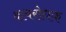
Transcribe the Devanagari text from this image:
क्षयरोधक